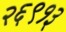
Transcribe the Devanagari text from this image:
२६९१३